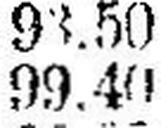
99.40